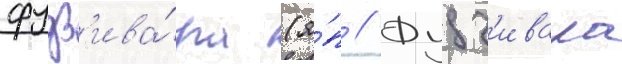
фудз'ива́ра (я́п // Фудз'ивара